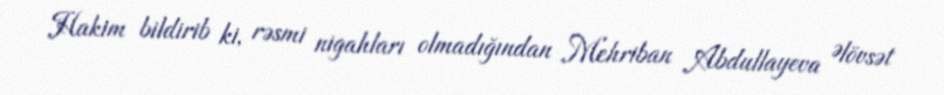
Hakim bildirib ki, rəsmi nigahları olmadığından Mehriban Abdullayeva Əlövsət